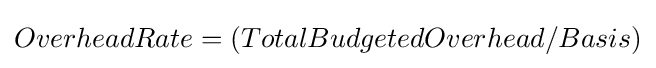
OverheadRate=(TotalBudgetedOverhead/Basis)